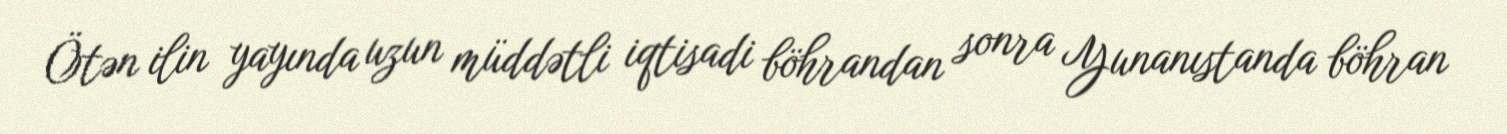
Ötən ilin yayında uzun müddətli iqtisadi böhrandan sonra Yunanıstanda böhran